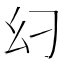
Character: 𢆵